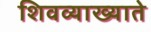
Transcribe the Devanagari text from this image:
शिवव्याख्याते